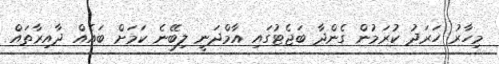
މިހާރު ހަރަދު ކުރަމުން ގެންދާ ބަޖެޓުގައި އާމްދަނީ ލިބޭނެ ކަމަށް ބައެއް ދާއިރާތައް